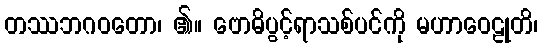
တဿဘဂဝတော၊ ၏။ ဗောဓိပွင့်ရာသစ်ပင်ကို မဟာဝေဠုတိ၊